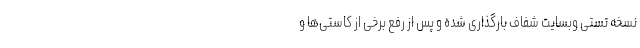
نسخه تستی وبسایت شفاف بارگذاری شده و پس از رفع برخی از کاستی‌ها و